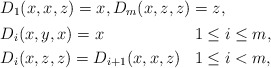
\begin{align*} & D_1(x,x,z) = x, D_m(x,z,z) = z, \\ & \begin{aligned} & D_i(x,y,x) = x & & 1\leq i\leq m, \\ & D_i(x,z,z) = D_{i+1}(x,x,z) & & 1\leq i<m, \end{aligned}\end{align*}